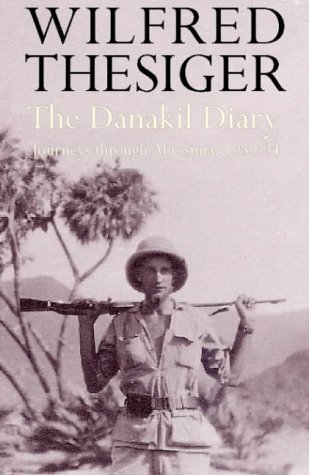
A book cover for The Danakil Diary: Journeys Through Abyssinia, 1930-34; Wilfred Thesiger; Travel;